Regulations for the medical services of the Army of India
Year: 1930
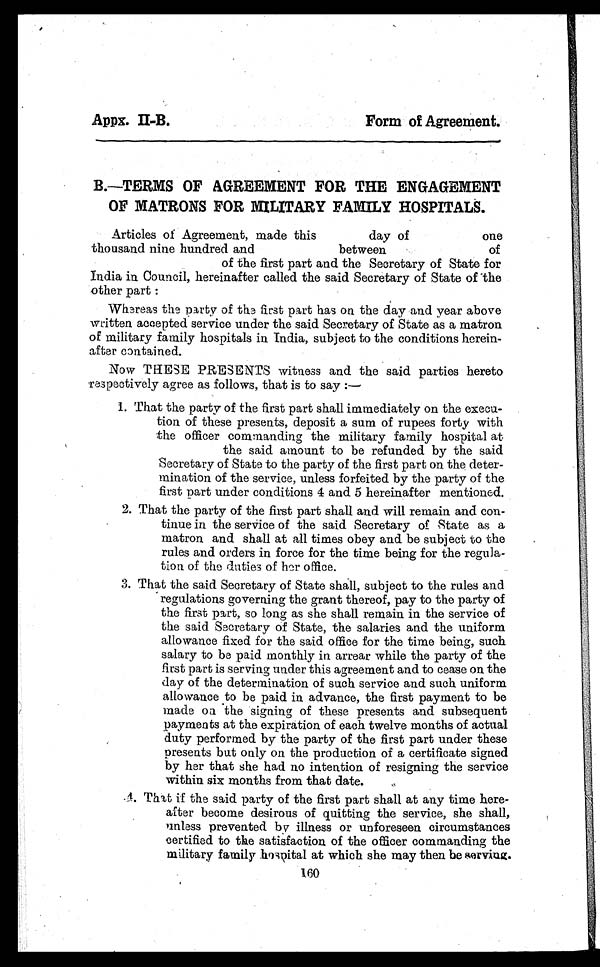
Appx. II-B.
Form of Agreement.
B.—TERMS OF AGREEMENT FOR THE ENGAGEMENT
OF MATRONS FOR MILITARY FAMILY HOSPITALS.
Articles of Agreement, made this day of one
thousand nine hundred and between of
of the first part and the Secretary of State for
India in Council, hereinafter called the said Secretary of State of the
other part :
Whereas the party of the first part has on the day and year above
written accepted service under the said Secretary of State as a matron
of military family hospitals in India, subject to the conditions herein-
after contained.
Now THESE PRESENTS witness and the said parties hereto
respectively agree as follows, that is to say :
—
1. That the party of the first part shall immediately on the execu-
tion of these presents, deposit a sum of rupees forty with
the officer commanding the military family hospital at
the said amount to be refunded by the said
Secretary of State to the party of the first part on the deter-
mination of the service, unless forfeited by the party of the
first part under conditions 4 and 5 hereinafter mentioned.
2. That the party of the first part shall and will remain and con-
tinue in the service of the said Secretary of State as a
matron and shall at all times obey and be subject to the
rules and orders in force for the time being for the regula-
tion of the duties of her office.
3. That the said Secretary of State shall, subject to the rules and
regulations governing the grant thereof, pay to the party of
the first part, so long as she shall remain in the service of
the said Secretary of State, the salaries and the uniform
allowance fixed for the said office for the time being, such
salary to be paid monthly in arrear while the party of the
first part is serving under this agreement and to cease on the
day of the determination of such service and such uniform
allowance to be paid in advance, the first payment to be
made on the signing of these presents and subsequent
payments at the expiration of each twelve months of actual
duty performed by the party of the first part under these
presents but only on the production of a certificate signed
by her that she had no intention of resigning the service
within six months from that date.
4. That if the said party of the first part shall at any time here-
after become desirous of quitting the service, she shall,
unless prevented by illness or unforeseen circumstances
certified to the satisfaction of the officer commanding the
military family hospital at which she may then be nerving.
160